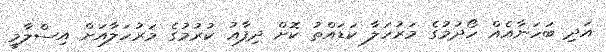
އަދި ބަހަނާއެއް ހޯދުމުގެ މަރުހަލާ ކަޑައްތު ކޮށް ދިފާޢު ކުރުމުގެ މަރުހަލާއަށް އިސްލާމީ